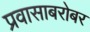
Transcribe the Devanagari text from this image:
प्रवासाबरोबर